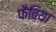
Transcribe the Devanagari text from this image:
फैबिया